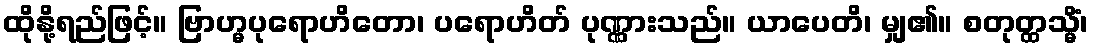
ထိုနို့ရည်ဖြင့်။ ဗြာဟ္မပုရောဟိတော၊ ပရောဟိတ် ပုဏ္ဏားသည်။ ယာပေတိ၊ မျှ၏။ စတုတ္ထသ္မိံ၊